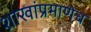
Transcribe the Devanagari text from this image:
शाखांप्रमाणेच